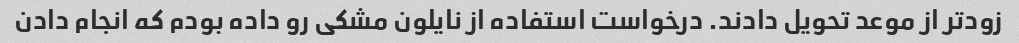
زود‌تر از موعد تحویل دادند. درخواست استفاده از نایلون مشکی رو داده بودم که انجام دادن